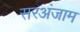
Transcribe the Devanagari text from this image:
सरअंजाम